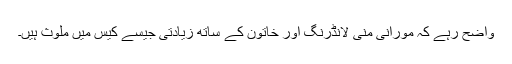
واضح رہے کہ مورانی منی لانڈرنگ اور خاتون کے ساتھ زیادتی جیسے کیس میں ملوث ہیں۔